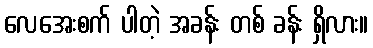
လေအေးစက် ပါတဲ့ အခန်း တစ် ခန်း ရှိလား။